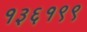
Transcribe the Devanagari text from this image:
१३६१९९